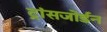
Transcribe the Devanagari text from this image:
ट्रांसजोर्डन